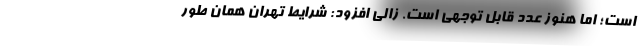
است؛ اما هنوز عدد قابل توجهی است. زالی افزود: شرایط تهران همان طور